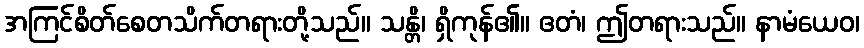
အကြင်စိတ်စေတသိက်တရားတို့သည်။ သန္တိ၊ ရှိကုန်၏။ ဧတံ၊ ဤတရားသည်။ နာမံယေဝ၊